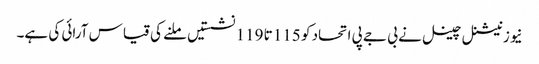
نیوز نیشنل چینل نے بی جے پی اتحاد کو 115 تا 119 نشستیں ملنے کی قیاس آرائی کی ہے۔